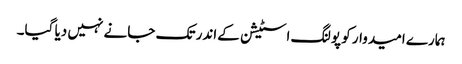
ہمارے امیدوار کو پولنگ اسٹیشن کےاندر تک جانے نہیں دیا گیا۔